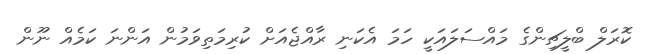
ކޮރަލް ބްލީޗިންގެ މައްސަލައަކީ ހަމަ އެކަނި ރާއްޖެއަށް ކުރިމަތިވަމުން އަންނަ ކަމެއް ނޫން